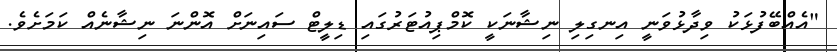
"އެއްބޭފުޅަކު ވިދާޅުވަނީ އިނގިލި ނިޝާނަކީ ކޮމްޕިއުޓަރުގައި ޑިލީޓް ސައިނަށް އޮންނަ ނިޝާނެއް ކަމަށެވެ.